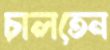
চালতেন